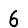
Digit: 6